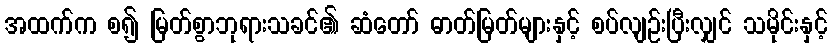
အထက်က စ၍ မြတ်စွာဘုရားသခင်၏ ဆံတော် ဓာတ်မြတ်များနှင့် စပ်လျဉ်းပြီးလျှင် သမိုင်းနှင့်